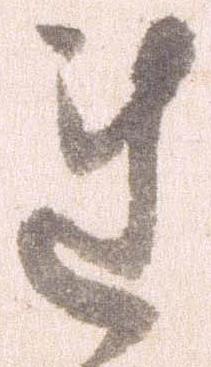
れ